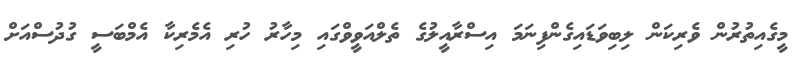
މީގެއިތުރުން ވެރިކަން ލިބިވަޑައިގެންފިނަމަ އިސްރާއީލުގެ ތެލްއަވީވްގައި މިހާރު ހުރި އެމެރިކާ އެމްބަސީ ގުދުސްއަށް